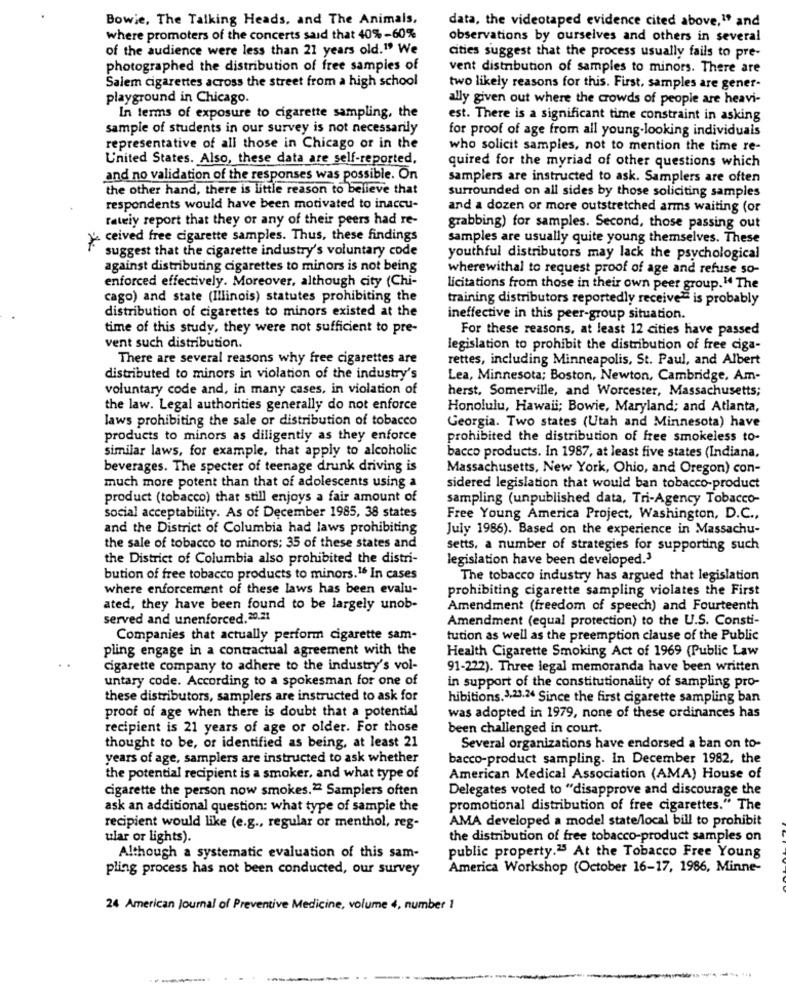
Bowie, The Talking Heads, and The Animals,
data, the videotaped evidence cited above,"" and
where promoters of the concerts said that 40%-60%
observations by ourselves and others in several
of the audience were less than 21 years old." We
cities suggest that the process usually fails to pre-
photographed the distribution of free samples of
vent distribution of samples to minors. There are
Salem cigarettes across the street from a high school
two likely reasons for this. First, samples are gener-
playground in Chicago.
ally given out where the crowds of people are heavi-
In terms of exposure to cigarette sampling, the
est. There is a significant time constraint in asking
sample of students in our survey is not necessarily
for proof of age from all young-looking individuals
representative of all those in Chicago or in the
who solicit samples, not to mention the time re-
United States. Also, these data are self-reported,
quired for the myriad of other questions which
and no validation of the responses was possible. On
samplers are instructed to ask. Samplers are often
the other hand, there is little reason to believe that
surrounded on all sides by those soliciting samples
respondents would have been motivated to inaccu-
and a dozen or more outstretched arms waiting (or
rateiy report that they or any of their peers had re-
grabbing) for samples. Second, those passing out
* ceived free cigarette samples. Thus, these findings
samples are usually quite young themselves. These
suggest that the cigarette industry's voluntary code
youthful distributors may lack the psychological
against distributing cigarettes to minors is not being
wherewithal to request proof of age and refuse so-
enforced effectively. Moreover, although city (Chi-
licitations from those in their own peer group." The
cago) and state (Illinois) statutes prohibiting the
training distributors reportedly receive? is probably
distribution of cigarettes to minors existed at the
ineffective in this peer-group situation.
time of this study, they were not sufficient to pre-
For these reasons, at least 12 cities have passed
vent such distribution.
legislation to prohibit the distribution of free ciga-
There are several reasons why free cigarettes are
rettes, including Minneapolis, St. Paul, and Albert
distributed to minors in violation of the industry's
Lea, Minnesota; Boston, Newton, Cambridge, Am-
voluntary code and, in many cases, in violation of
herst, Somerville, and Worcester, Massachusetts;
the law. Legal authorities generally do not enforce
Honolulu, Hawaii; Bowie, Maryland; and Atlanta,
laws prohibiting the sale or distribution of tobacco
Georgia. Two states (Utah and Minnesota) have
products to minors as diligently as they enforce
prohibited the distribution of free smokeless to-
similar laws, for example, that apply to alcoholic
bacco products. In 1987, at least five states (Indiana,
beverages. The specter of teenage drunk driving is
Massachusetts, New York, Ohio, and Oregon) con-
much more potent than that of adolescents using a
sidered legislation that would ban tobacco-product
product (tobacco) that still enjoys a fair amount of
sampling (unpublished data, Tri-Agency Tobacco-
social acceptability. As of December 1985, 38 states
Free Young America Project, Washington, D.C .,
and the District of Columbia had laws prohibiting
July 1986). Based on the experience in Massachu-
the sale of tobacco to minors; 35 of these states and
setts, a number of strategies for supporting such
the District of Columbia also prohibited the distri-
legislation have been developed.3
bution of free tobacco products to minors.16 In cases
The tobacco industry has argued that legislation
where enforcement of these laws has been evalu-
prohibiting cigarette sampling violates the First
ated, they have been found to be largely unob-
Amendment (freedom of speech) and Fourteenth
served and unenforced.20.21
Amendment (equal protection) to the U.S. Consti-
Companies that actually perform cigarette sam-
tution as well as the preemption clause of the Public
pling engage in a contractual agreement with the
Health Cigarette Smoking Act of 1969 (Public Law
cigarette company to adhere to the industry's vol-
91-222). Three legal memoranda have been written
untary code. According to a spokesman for one of
in support of the constitutionality of sampling pro-
these distributors, samplers are instructed to ask for
hibitions.3.23.24 Since the first cigarette sampling ban
proof of age when there is doubt that a potential
was adopted in 1979, none of these ordinances has
recipient is 21 years of age or older. For those
been challenged in court.
thought to be, or identified as being, at least 21
Several organizations have endorsed a ban on to-
years of age, samplers are instructed to ask whether
bacco-product sampling. In December 1982, the
the potential recipient is a smoker, and what type of
American Medical Association (AMA) House of
cigarette the person now smokes.2ª Samplers often
Delegates voted to "disapprove and discourage the
ask an additional question: what type of sample the
promotional distribution of free cigarettes." The
AMA developed a model state/local bill to prohibit
recipient would like (e.g ., regular or menthol, reg-
ular or lights).
the distribution of free tobacco-product samples on
Although a systematic evaluation of this sam-
public property."3 At the Tobacco Free Young
pling process has not been conducted, our survey
America Workshop (October 16-17, 1986, Minne-
24 American Journal of Preventive Medicine, volume 4, number 1